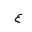
Letter: _ayn